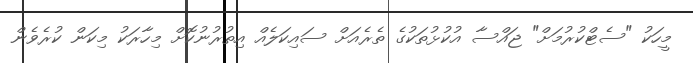
މީހަކު "ސެޓްކުރުމަށް" ޖައްސާ އުކުޅުތަކުގެ ތެރެއަށް ސައިކަލެއް އިތުރުނުކޮށް މިހާރަކު މިކަން ކުރެވެން